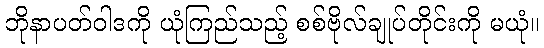
ဘိုနာပတ်ဝါဒကို ယုံကြည်သည့် စစ်ဗိုလ်ချုပ်တိုင်းကို မယုံ။